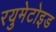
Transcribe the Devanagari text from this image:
रयुमेटोइड